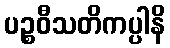
ပဉ္စဝီသတိကပ္ပါနိ